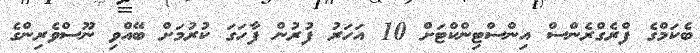
ބެކަމްގެ ފްރެގްރެންސް އިންސްޓިންކްޓަށް 10 އަހަރު ފުރުން ފާހަގަ ކުރުމަށް ބޭއްވި ނޫސްވެރިންގެ